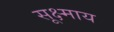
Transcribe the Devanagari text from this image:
सूक्ष्माय